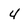
Character: 4